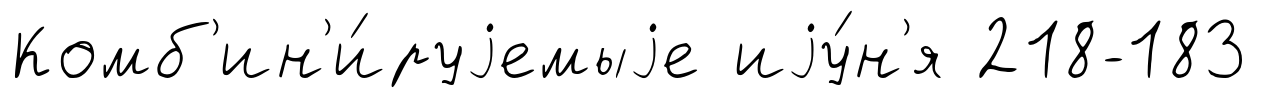
Комб'ин'и́руjемыjе иjу́н'я 218-183